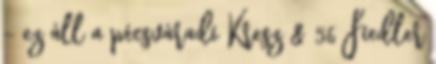
– ez áll a pécsváradi Kresz & 56 Fiedler